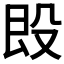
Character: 𣪘